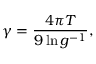
\gamma = \frac { 4 \pi T } { 9 \ln g ^ { - 1 } } ,